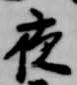
夜